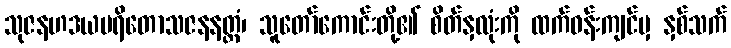
သုဇနဟဒယပရိတောသဇနနတ္ထံ၊ သူတော်ကောင်းတို့၏ စိတ်နှလုံးကို ထက်ဝန်းကျင်မှ နှစ်သက်